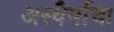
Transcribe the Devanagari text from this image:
अस्थैर्याचा